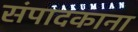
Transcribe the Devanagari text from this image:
संपादकाना